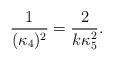
LaTeX: \begin{align*}\frac{1}{(\kappa_4)^2}=\frac{2}{ k \kappa_5^2}.\end{align*}